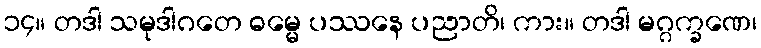
၁၄။ တဒါ သမုဒါဂတေ ဓမ္မေ ပဿနေ ပညာတိ၊ ကား။ တဒါ မဂ္ဂက္ခဏေ၊